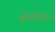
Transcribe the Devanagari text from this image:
कोंडदेवांचा